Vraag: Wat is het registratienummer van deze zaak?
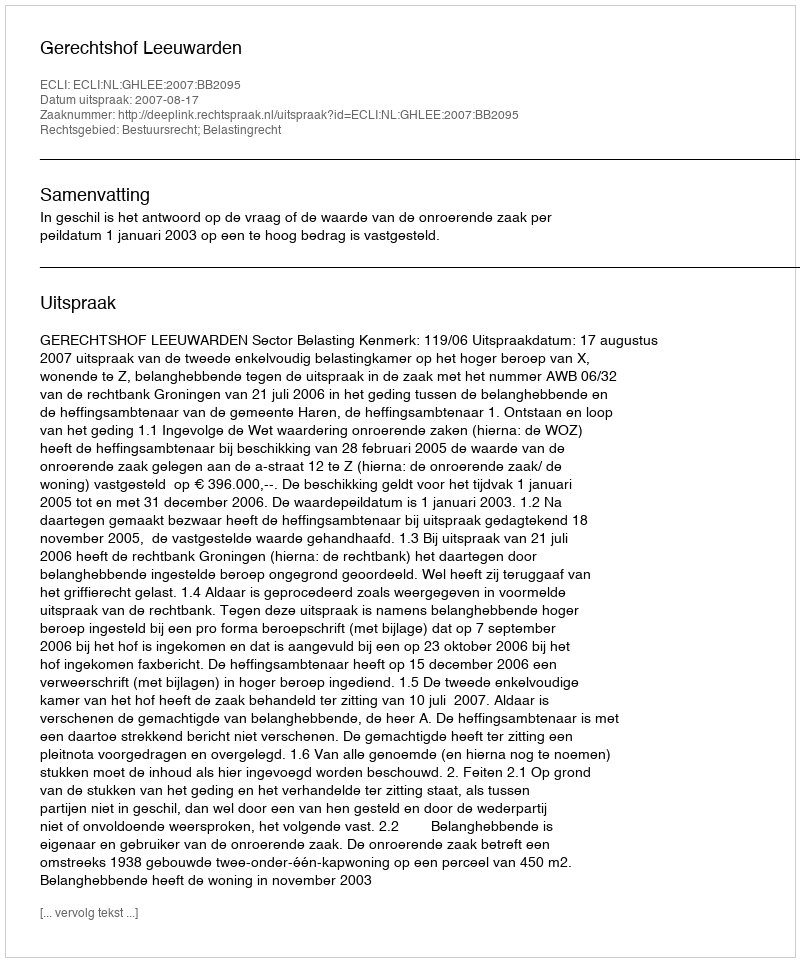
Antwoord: http://deeplink.rechtspraak.nl/uitspraak?id=ECLI:NL:GHLEE:2007:BB2095